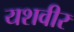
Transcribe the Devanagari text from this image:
यशवीर